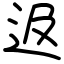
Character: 﨤